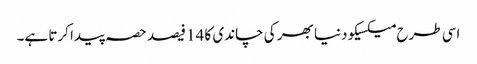
اسی طرح میکسیکو دنیا بھر کی چاندی کا 14 فیصد حصہ پیدا کرتا ہے۔